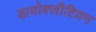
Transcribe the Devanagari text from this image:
डायोक्लीटियन